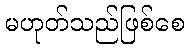
မဟုတ်သည်ဖြစ်စေ